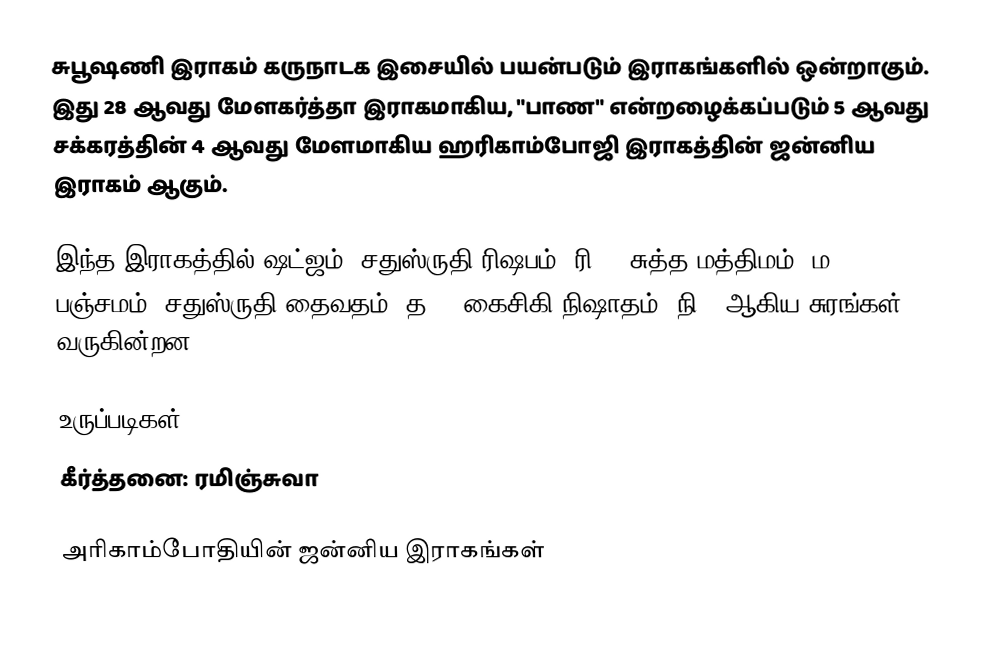
சுபூஷணி இராகம் கருநாடக இசையில் பயன்படும் இராகங்களில் ஒன்றாகும். இது 28 ஆவது மேளகர்த்தா இராகமாகிய, "பாண" என்றழைக்கப்படும் 5 ஆவது சக்கரத்தின் 4 ஆவது மேளமாகிய ஹரிகாம்போஜி இராகத்தின் ஜன்னிய இராகம் ஆகும்.

இந்த இராகத்தில் ஷட்ஜம், சதுஸ்ருதி ரிஷபம் (ரி2),  சுத்த மத்திமம் (ம1), பஞ்சமம், சதுஸ்ருதி தைவதம் (த2), கைசிகி நிஷாதம்  (நி2) ஆகிய சுரங்கள் வருகின்றன.

உருப்படிகள்
 கீர்த்தனை: ரமிஞ்சுவா

அரிகாம்போதியின் ஜன்னிய இராகங்கள்